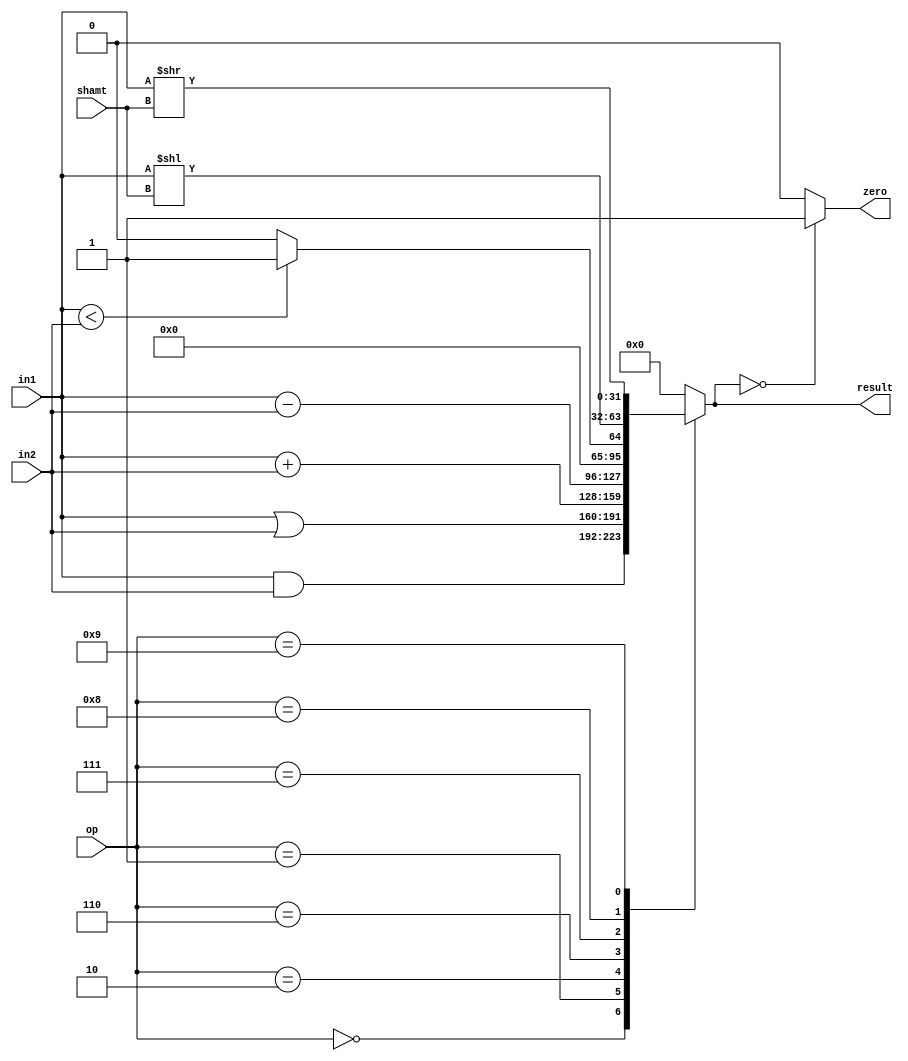
module ALU(result, zero, in1, in2, shamt, op);
    input[31:0] in1;
    input[31:0] in2;
    input[4:0] shamt;
    input[3:0] op;

    output reg zero;
    output reg[31:0] result;

    always@(in1, in2, op)
        begin
        case(op)
            4'b0000: result <= in1 & in2;
            4'b0001: result <= in1 | in2;
            4'b0010: result <= in1 + in2;
            4'b0110: result <= in1 - in2;
            4'b0111: result <= in1 < in2 ? 1 : 0;
            4'b1000: result <= in1 << shamt;
            4'b1001: result <= in1 >> shamt;
            default: result <= 0;
        endcase
        end


    always@(result)
        zero = result == 0 ? 1 : 0;
endmodule

module ALUControl(out, func, op);
    input[5:0] func;
    input[1:0] op;

    output reg[3:0] out;

    always@(func, op)
        case(op)
            2'b00: out = 4'b0010;
            2'b01: out = 4'b0110;
            2'b10: case(func)
                       6'b100000: out = 4'b0010;
                       6'b100010: out = 4'b0110;
                       6'b100100: out = 4'b0000;
                       6'b100101: out = 4'b0001;
                       6'b101010: out = 4'b0111;
                       6'b000000: out = 4'b1000;
                       6'b000010: out = 4'b1001;
                       default: out = 4'bzzzz;
                   endcase
            default: out = 4'bzzzz;
        endcase
endmodule

// module TestALU;
//     reg[5:0] func;
//     reg[3:0] op;
//     reg[4:0] shamt;
//     reg[31:0] in1;
//     reg[31:0] in2;

//     wire[31:0] res;
//     wire zero;

//     ALU alucontrol(res, zero, in1, in2, shamt, op);

//     initial begin
//         op = 4'b1000;
//         func = 6'b000000;
//         in1 = 2'b11;
//         in2 = 2'b11;
//         shamt = 5'b00001;
//     end

//     always@(res) begin
//         $display("%d", res);
//     end

//     always@(zero)
//         $display("Zero: %d", zero);
// endmodule